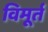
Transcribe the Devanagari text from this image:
विमूर्त